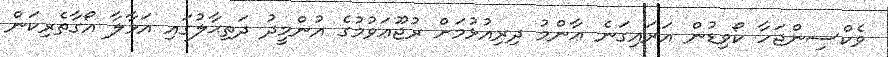
ވެކްސިންޖަހާ ކޯވިޑުން އަރައިގަނެ ޢާންމު ދިރިއުޅުމަށް ރުޖޫޢަވުމުގެ އުންމީދު ދަތިޙާލުގައި އަޅާލާ އޯގާތެރިކަން